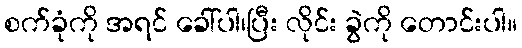
စက်ခုံကို အရင် ခေါ်ပါ၊ပြီး လိုင်း ခွဲကို တောင်းပါ။